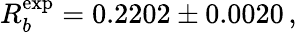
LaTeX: R_{b}^{\mathrm{exp}}=0.2202\pm 0.0020\, ,